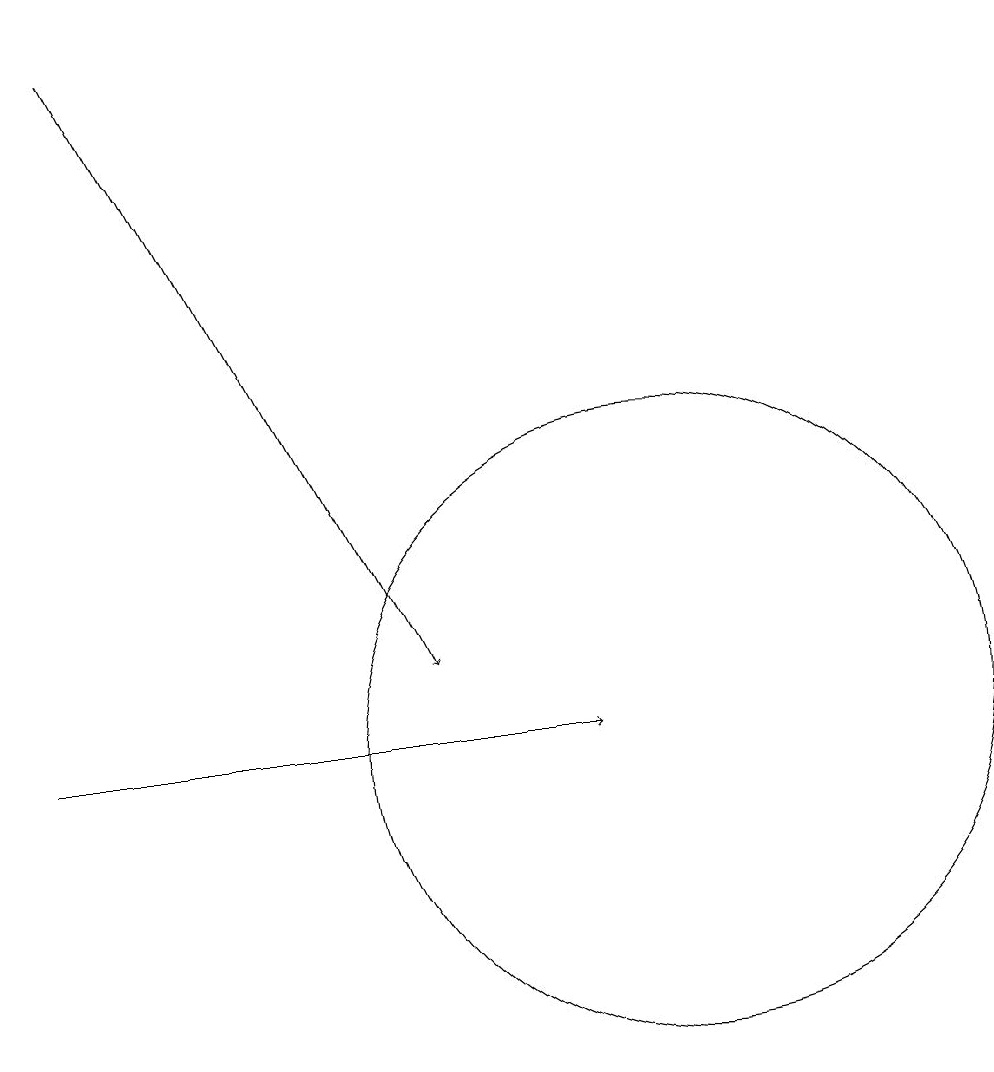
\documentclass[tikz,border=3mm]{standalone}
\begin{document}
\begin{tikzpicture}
\draw[->] (3,19) -- (7,11);
\draw (10,10) circle (4);
\draw[->] (2,10) -- (9,10);
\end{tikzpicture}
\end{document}